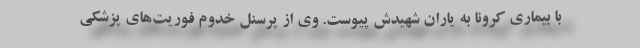
با بیماری کرونا به یاران شهیدش پیوست. وی از پرسنل خدوم فوریت‌های پزشکی